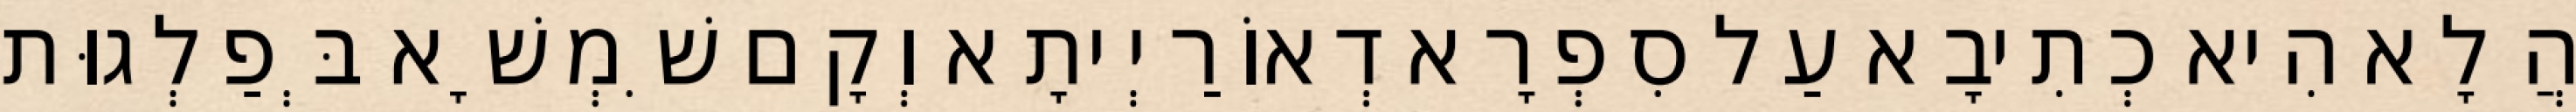
הֲלָא הִיא כְתִיבָא עַל סִפְרָא דְאוֹרַיְיתָא וְקָם שִׁמְשָׁא בְּפַלְגוּת